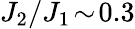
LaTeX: J_{2}/J_{1}\! \sim\! 0.3